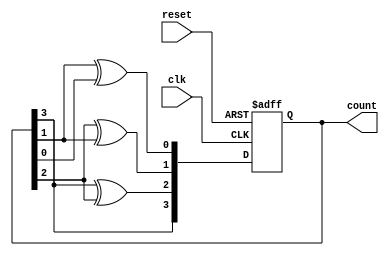
module gray_counter (
    input wire clk,
    input wire reset,
    output reg [3:0] count
);

always @(posedge clk or posedge reset) begin
    if (reset) begin
        count <= 4'b0000;
    end else begin
        count <= count + 1;
        count <= {count[3], count[3]^count[2], count[2]^count[1], count[1]^count[0]};
    end
end

endmodule